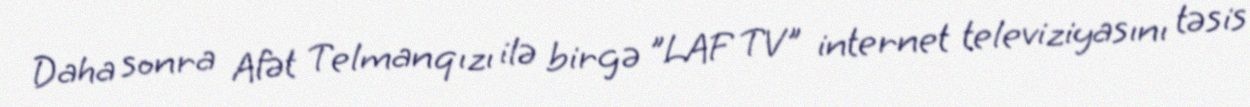
Daha sonra Afət Telmanqızı ilə birgə "LAF TV" internet televiziyasını təsis